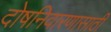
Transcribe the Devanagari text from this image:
दोषनिवारणासाठी